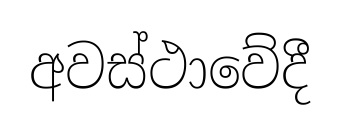
අවස්ථාවේදී